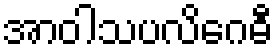
အာဝါသပလိဂေဓီ